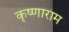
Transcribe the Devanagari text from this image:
कृष्णाराम